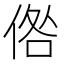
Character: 倃